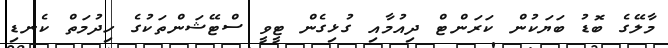
މާލޭގެ ބޮޑު ބަޔަކުން ކަރަންޓް ދިއުމާއި ގުޅިގެން ޓީވީ ސްޓޭޝަންތަކުގެ ހިދުމަތް ކެނޑި